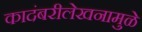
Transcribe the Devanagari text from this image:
कादंबरीलेखनामुळे